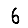
Digit: 6